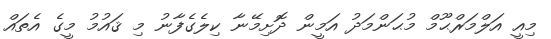
މިއީ އަލްމަރްޙޫމް މުޙަންމަދު އަމީން ދޮށިމޭނާ ކިލެގެފާނު މި ޤައުމު މީގެ އެތައް